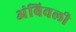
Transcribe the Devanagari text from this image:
अंबिवली